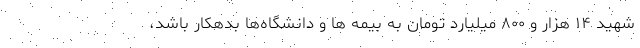
شهید ۱۴ هزار و ۸۰۰ میلیارد تومان به بیمه ها و دانشگاه‌ها بدهکار باشد،